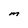
Character: m